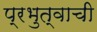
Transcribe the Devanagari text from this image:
प्रभुत्वाची